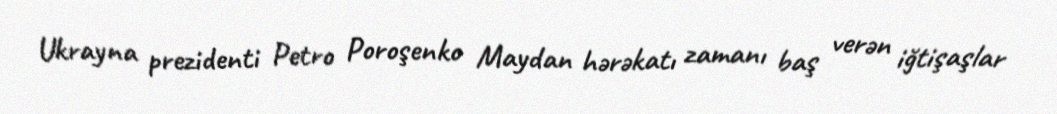
Ukrayna prezidenti Petro Poroşenko Maydan hərəkatı zamanı baş verən iğtişaşlar